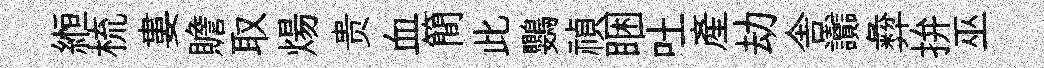
縆梳婁贍取煬贵血簡此鸚禎睏吐産劫舎讟彜拚巫